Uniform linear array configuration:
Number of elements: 64
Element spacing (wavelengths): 0.25
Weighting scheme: hann
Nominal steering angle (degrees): -60
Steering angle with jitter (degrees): -58.022
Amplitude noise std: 0.05
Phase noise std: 0.05

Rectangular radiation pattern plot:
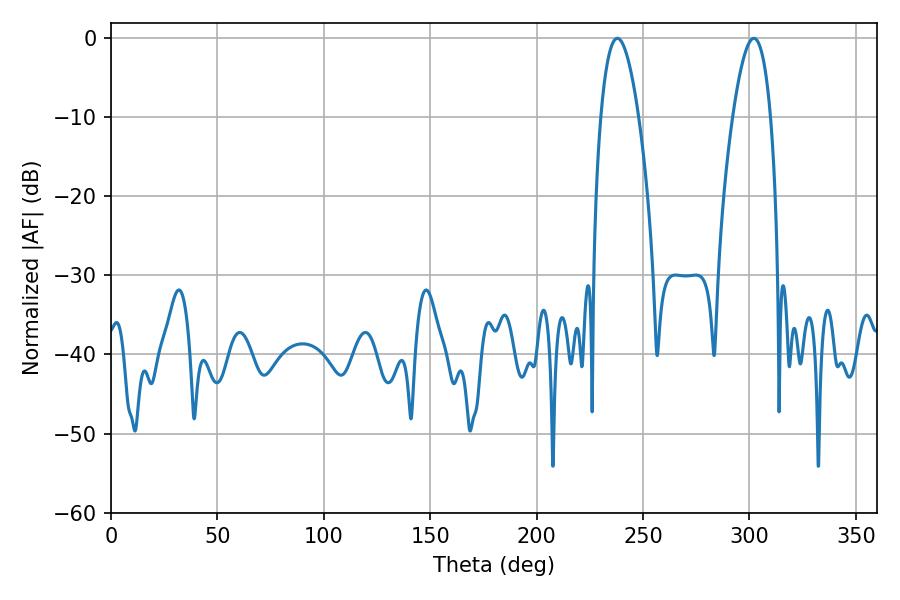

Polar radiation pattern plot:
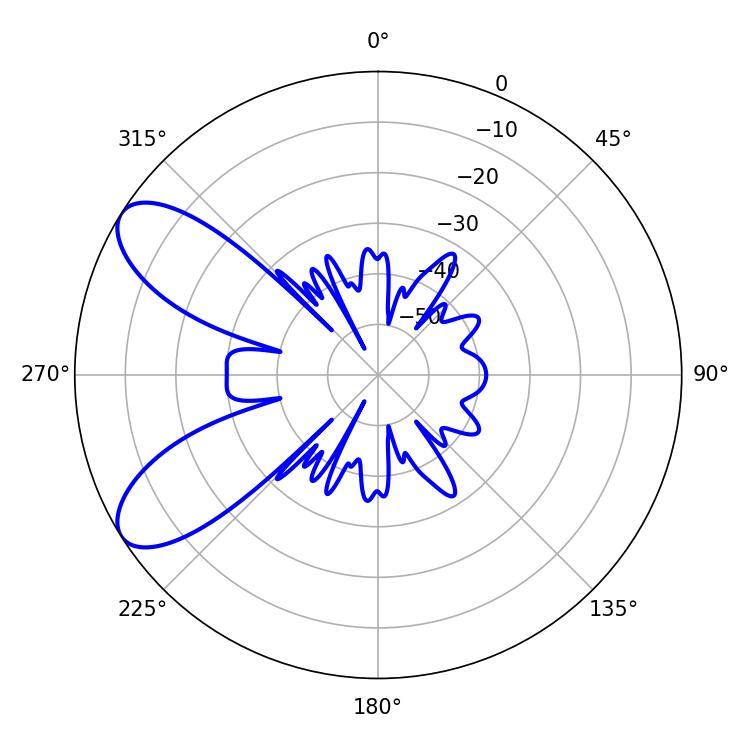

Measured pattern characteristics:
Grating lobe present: FALSE
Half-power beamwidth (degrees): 9.9
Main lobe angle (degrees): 237.96